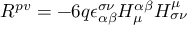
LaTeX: R ^ { p v } = - 6 q \epsilon _ { \alpha \beta } ^ { \sigma \nu } H _ { \mu } ^ { \alpha \beta } H _ { \sigma \nu } ^ { \mu }